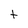
Character: t